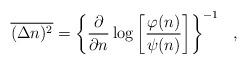
LaTeX: \begin{align*}\overline{(\Delta n)^2}=\left \{ \frac{\partial}{\partial n} \log\left [ \frac{\varphi(n)}{\psi(n)} \right] \right \}^{-1} \ \ ,\end{align*}